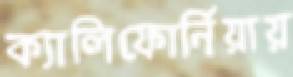
ক্যালিফোর্নিয়ায়